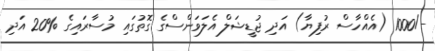
-/1000 (އެއްހާސް ރުފިޔާ) އަދި ޖުޑީޝަލް އެލަވަންސްގެ ގޮތުގައި މުސާރައިގެ %20 އަދި